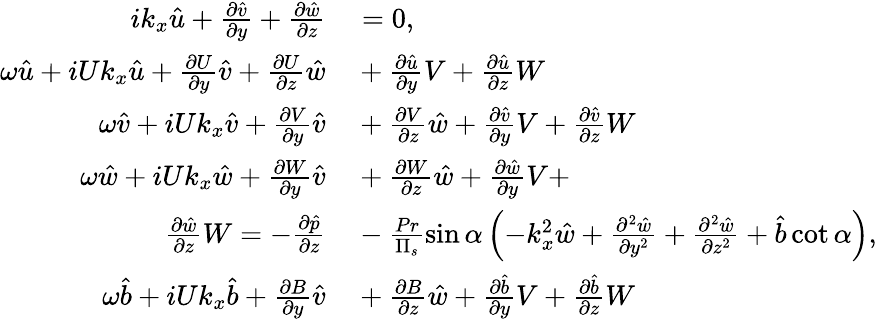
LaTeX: \begin{array}{rl}{ik_{x}\hat{u}+\frac{\partial\hat{v}}{\partial y}+\frac{\partial\hat{w}}{\partial z}}&{{}=0,}\\ {\omega\hat{u}+iUk_{x}\hat{u}+\frac{\partial U}{\partial y}\hat{v}+\frac{\partial U}{\partial z}\hat{w}}&{{}+\frac{\partial\hat{u}}{\partial y}V+\frac{\partial\hat{u}}{\partial z}W}\\ {\omega\hat{v}+iUk_{x}\hat{v}+\frac{\partial V}{\partial y}\hat{v}}&{{}+\frac{\partial V}{\partial z}\hat{w}+\frac{\partial\hat{v}}{\partial y}V+\frac{\partial\hat{v}}{\partial z}W}\\ {\omega\hat{w}+iUk_{x}\hat{w}+\frac{\partial W}{\partial y}\hat{v}}&{{}+\frac{\partial W}{\partial z}\hat{w}+\frac{\partial\hat{w}}{\partial y}V+}\\ {\frac{\partial\hat{w}}{\partial z}W=-\frac{\partial\hat{p}}{\partial z}}&{{}-\frac{Pr}{\Pi_{s}}\sin\alpha\left(-k_{x}^{2}\hat{w}+\frac{\partial^{2}\hat{w}}{\partial y^{2}}+\frac{\partial^{2}\hat{w}}{\partial z^{2}}+\hat{b}\cot\alpha\right),}\\ {\omega\hat{b}+iUk_{x}\hat{b}+\frac{\partial B}{\partial y}\hat{v}}&{{}+\frac{\partial B}{\partial z}\hat{w}+\frac{\partial\hat{b}}{\partial y}V+\frac{\partial\hat{b}}{\partial z}W}\end{array}